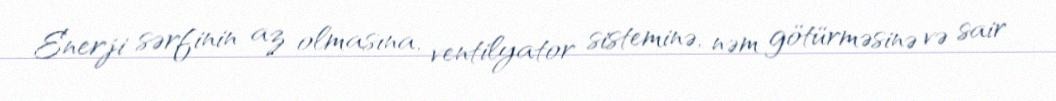
Enerji sərfinin az olmasına, ventilyator sisteminə, nəm götürməsinə və sair